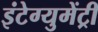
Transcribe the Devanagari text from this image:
इंटेग्युमेंट्री